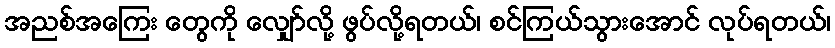
အညစ်အကြေး တွေကို လျှော်လို့ ဖွပ်လို့ရတယ်၊ စင်ကြယ်သွားအောင် လုပ်ရတယ်၊